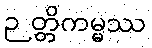
ဉတ္တိကမ္မဿ